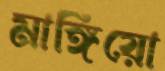
মাঙ্গিয়ো